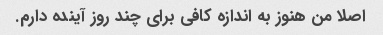
اصلا من هنوز به اندازه کافی برای چند روز آینده دارم.